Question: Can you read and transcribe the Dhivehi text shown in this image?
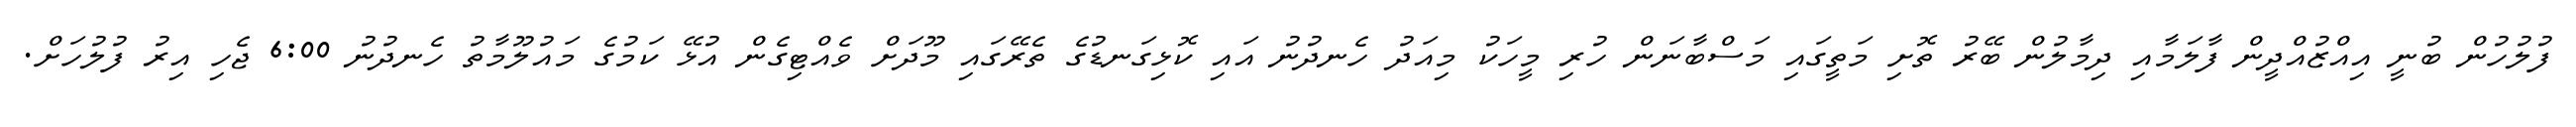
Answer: ފުލުހުން ބުނީ އިއްޒުއްދީން ފާލަމާއި ދިމާލުން ބޭރު ތޮށި މަތީގައި މަސްބާނަން ހުރި މީހަކު މިއަދު ހެނދުނު އައި ކޮޅިގަނޑުގެ ތެރޭގައި މޫދަށް ވެއްޓިގެން އުޅޭ ކަމުގެ މައުލޫމާތު ހެނދުނު 6:00 ޖެހި އިރު ފުލުހަށް.